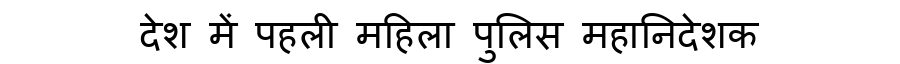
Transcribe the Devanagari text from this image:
देश में पहली महिला पुलिस महानिदेशक